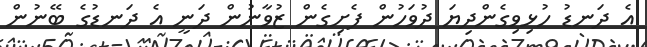
އެ ދަނޑު ހުޅިވިގެންދިޔަ ދުވަހުން ފެށިގެން ޒުވާނުން ދަނީ އެ ދަނޑުގެ ބޭނުން